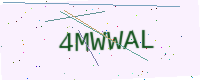
Text: 4MWWAL